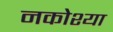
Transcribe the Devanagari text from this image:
नकोश्या